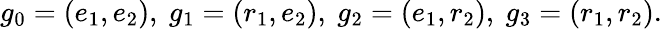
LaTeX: g_{0}=(e_{1},e_{2}),\ g_{1}=(r_{1},e_{2}),\ g_{2}=(e_{1},r_{2}),\ g_{3}=(r_{1},r_{2}).